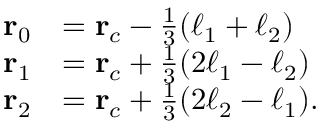
\begin{array} { r l } { \mathbf { r } _ { 0 } } & { = \mathbf { r } _ { c } - \frac { 1 } { 3 } ( \boldsymbol { \ell } _ { 1 } + \boldsymbol { \ell } _ { 2 } ) } \\ { \mathbf { r } _ { 1 } } & { = \mathbf { r } _ { c } + \frac { 1 } { 3 } ( 2 \boldsymbol { \ell } _ { 1 } - \boldsymbol { \ell } _ { 2 } ) } \\ { \mathbf { r } _ { 2 } } & { = \mathbf { r } _ { c } + \frac { 1 } { 3 } ( 2 \boldsymbol { \ell } _ { 2 } - \boldsymbol { \ell } _ { 1 } ) . } \end{array}